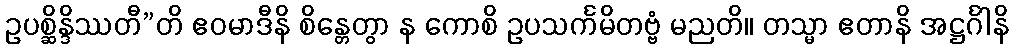
ဥပစ္ဆိန္ဒိဿတီ”တိ ဧဝမာဒီနိ စိန္တေတွာ န ကောစိ ဥပသင်္ကမိတဗ္ဗံ မညတိ။ တသ္မာ ဧတာနိ အဋ္ဌင်္ဂါနိ